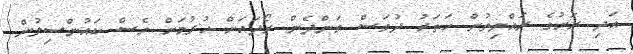
އަދި ރަށުގެ ރައްޔިތުން ހަތަރު ދުވަސް ވަންދެން ރޯދައަށް ހުރުމަށް ވެސް ކައުންސިލުން